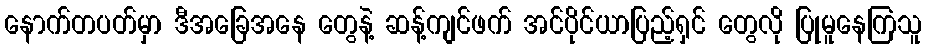
နောက်တပတ်မှာ ဒီအခြေအနေ တွေနဲ့ ဆန့်ကျင်ဖက် အင်ပိုင်ယာပြည့်ရှင် တွေလို ပြုမူနေကြသူ